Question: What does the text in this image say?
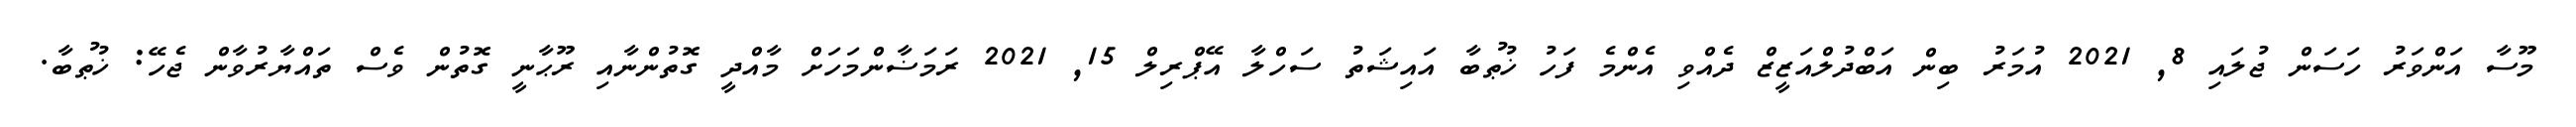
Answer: މޫސާ އަންވަރު ހަސަން ޖުލައި 8, 2021 އުމަރު ބިން އަބްދުލްއަޒީޒް ދެއްވި އެންމެ ފަހު ޚުޠުބާ އައިޝަތު ސަހްލާ އޭޕްރިލް 15, 2021 ރަމަޟާންމަހަށް މާއްދީ ގޮތުންނާއި ރޫޙާނީ ގޮތުން ވެސް ތައްޔާރުވާން ޖެހޭ: ޚުޠުބާ.